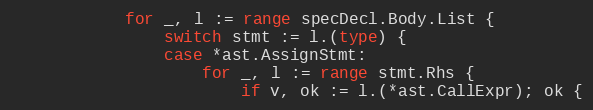
Language: Go
			for _, l := range specDecl.Body.List {
				switch stmt := l.(type) {
				case *ast.AssignStmt:
					for _, l := range stmt.Rhs {
						if v, ok := l.(*ast.CallExpr); ok {